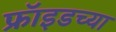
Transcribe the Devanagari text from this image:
फ्रॉइडच्या